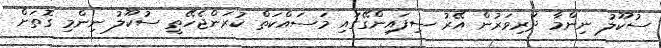
ސުކޫލު ނިންމާ ދަރިވަރުން އޭރު ސިފައިންގޭގައި މަސައްކަތް ކުރަންޖެހޭތީ ސުކޫލު ނިންމި ގޮތަށް